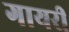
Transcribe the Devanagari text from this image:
गायरी